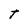
Character: t